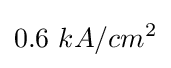
0.6~kA/cm^{2}